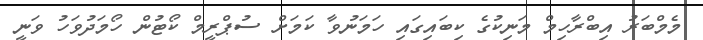
މެމްބަރު އިބްރާހިމް މަނިކުގެ ކިބައިގައި ހަމަނުވާ ކަމަށް ސުޕްރީމް ކޯޓުން ހޯމަދުވަހު ވަނީ